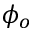
\phi _ { o }